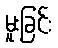
မူးခြင်း